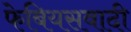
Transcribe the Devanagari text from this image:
फेबियसवादी